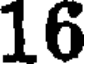
16